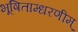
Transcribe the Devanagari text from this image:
भूषिताम्धरणीम्